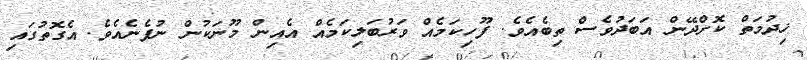
ޚިދުމަތް ކޮށްދޭން އަބަދުވެސް ތިބެއެވެ. ފޫހިކަމެއް ވަރުބަލިކަމެއް އެއިން މޫނަކުން ނުފެނެއެވެ. އެގޮތުގައި